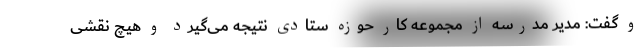
و گفت: مدیر مدرسه از مجموعه کار حوزه ستادی نتیجه می‌گیرد و هیچ نقشی